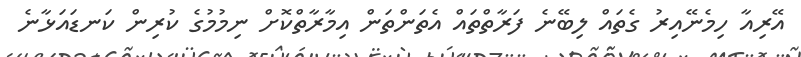
އޭރިއާ ހިމެނޭއިރު ގެތައް ލިބޭނެ ފަރާތްތައް އެތަންތަން އިމާރާތްކޮށް ނިމުމުގެ ކުރިން ކަނޑައަޅާނެ